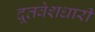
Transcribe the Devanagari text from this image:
दूतवेशधारी